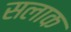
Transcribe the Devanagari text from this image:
सलाक